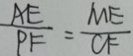
\frac { A E } { P F } = \frac { M E } { C F }